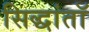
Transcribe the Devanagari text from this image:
सिद्धांतॉ